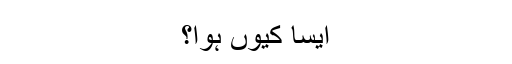
ایسا کیوں ہوا؟